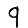
Digit: 9